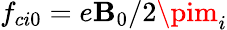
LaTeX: f_{ci0}=e\mathbf{B}_{0}/2\pim_{i}